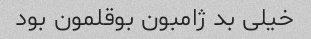
خیلی بد ژامبون بوقلمون بود